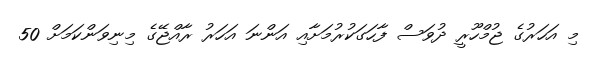
މި އަހަރުގެ ޖުމްހޫރީ ދުވަސް ފާހަގަކުރުމަށާއި އަންނަ އަހަރު ރާއްޖޭގެ މިނިވަންކަމަށް 50